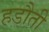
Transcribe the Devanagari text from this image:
हडौती